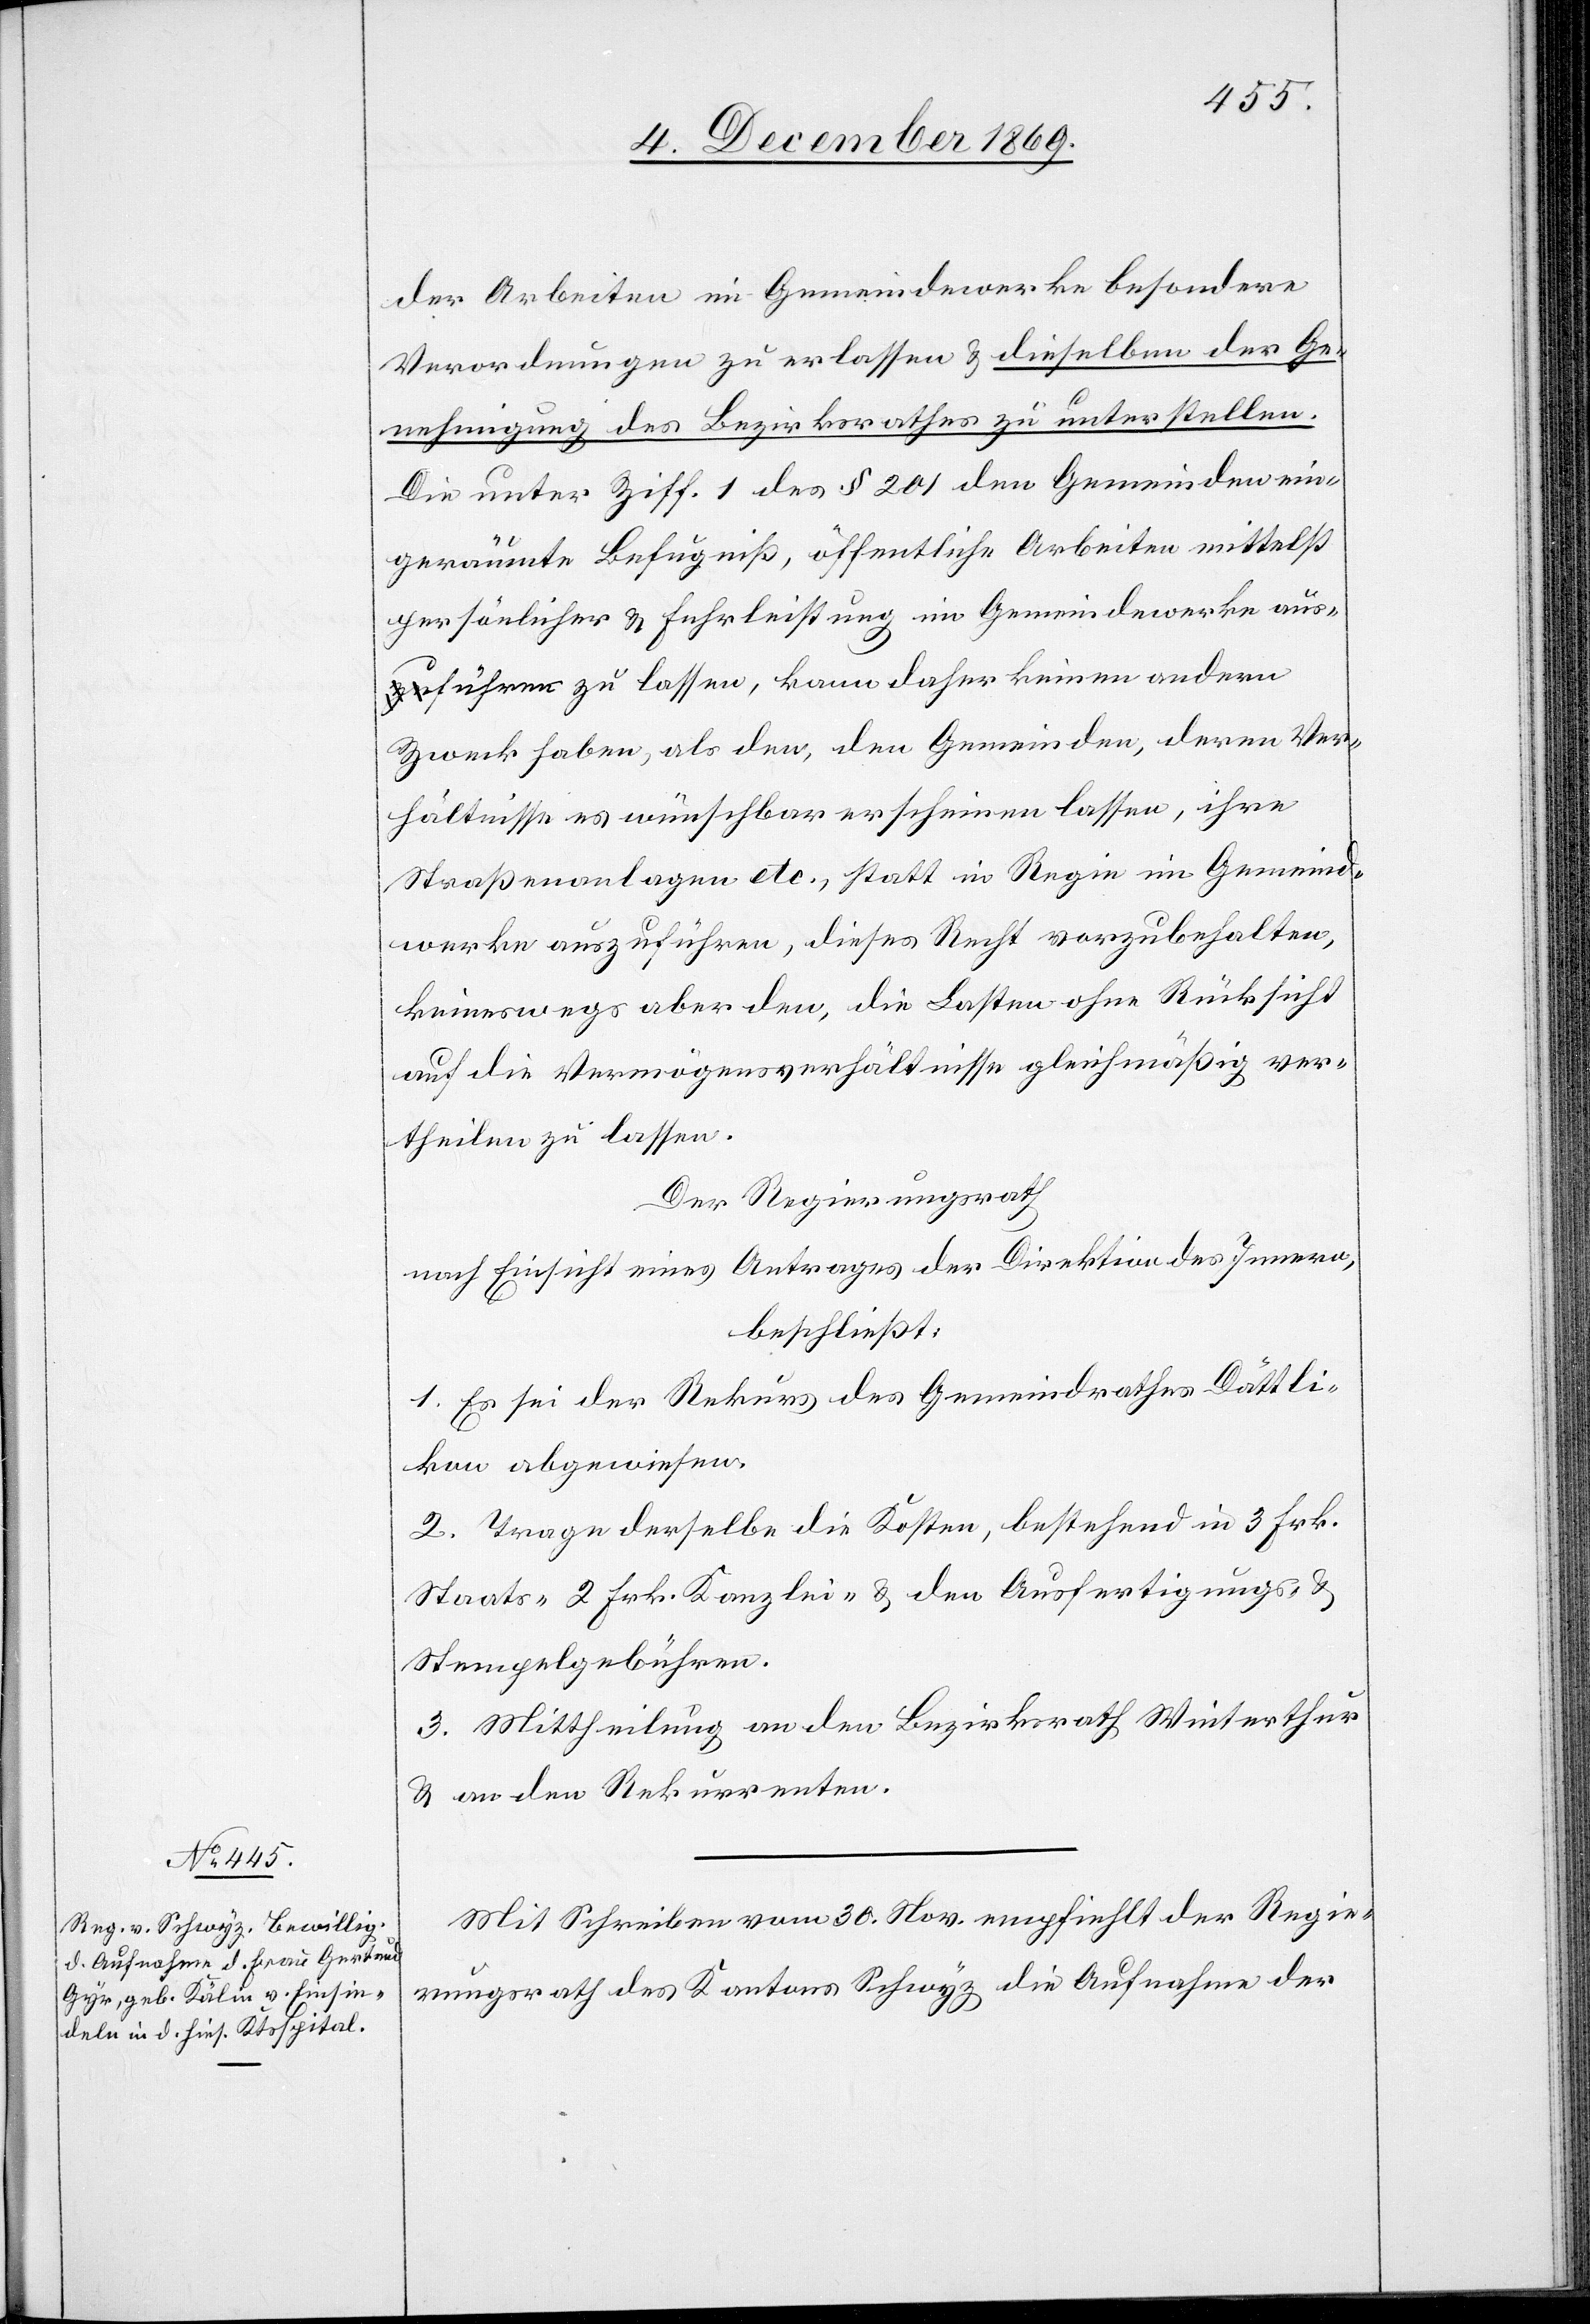
Mit Schreiben vom 30. Nov. empfiehlt der Regie¬
rungsrath des Kantons Schwyz die Aufnahme der